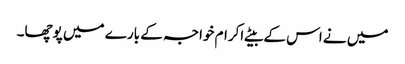
میں نے اس کے بیٹے اکرام خواجہ کے بارے میں پوچھا۔